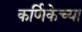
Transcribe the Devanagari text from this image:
कर्णिकेच्या